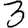
Digit: 3